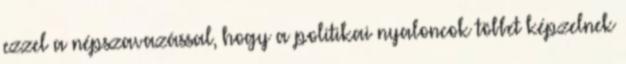
ezzel a népszavazással, hogy a politikai nyaloncok többet képzelnek